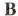
B